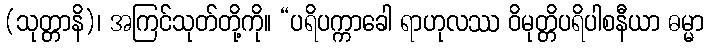
(သုတ္တာနိ)၊ အကြင်သုတ်တို့ကို။ “ပရိပက္ကာခေါ ရာဟုလဿ ဝိမုတ္တိပရိပါစနီယာ ဓမ္မာ